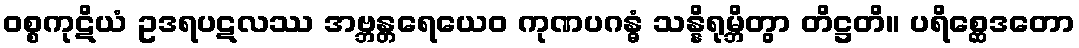
ဝစ္စကုဋိယံ ဥဒရပဋလဿ အဗ္ဘန္တရေယေဝ ကုဏပဂန္ဓံ သန္နိရုမ္ဘိတွာ တိဋ္ဌတိ။ ပရိစ္ဆေဒတော